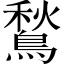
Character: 鶖